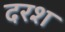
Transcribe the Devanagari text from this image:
दरश